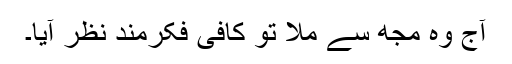
آج وہ مجھ سے ملا تو کافی فکرمند نظر آیا۔